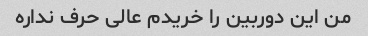
من این دوربین را خریدم عالی حرف نداره